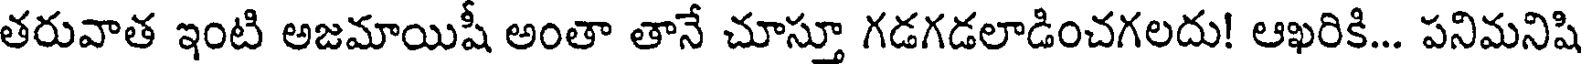
తరువాత ఇంటి అజమాయిషీ అంతా తానే చూస్తూ గడగడలాడించగలదు! ఆఖరికి... పనిమనిషి